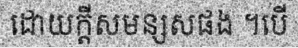
ដោយក្តីសមន្សសផង ។បើ